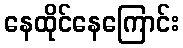
နေထိုင်နေကြောင်း